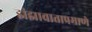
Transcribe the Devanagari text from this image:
झंझावाताप्रमाणे